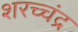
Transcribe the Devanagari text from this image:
शरच्चंंद्र